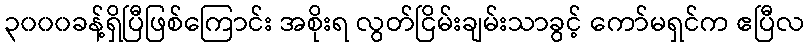
၃၀၀၀ခန့်ရှိပြီဖြစ်ကြောင်း အစိုးရ လွတ်ငြိမ်းချမ်းသာခွင့် ကော်မရှင်က ဧပြီလ